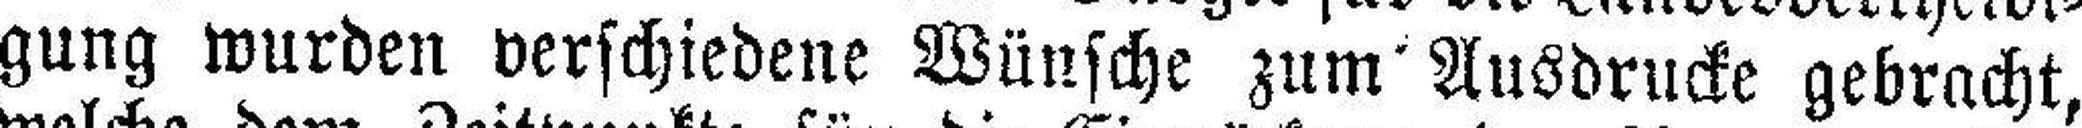
gung wurden verschiedene Wünsche zum Ausdrucke gebracht,